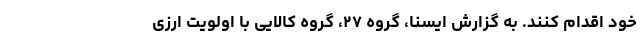
خود اقدام کنند. به گزارش ایسنا، گروه ۲۷، گروه کالایی با اولویت ارزی